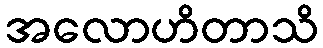
အလောဟိတာသိ